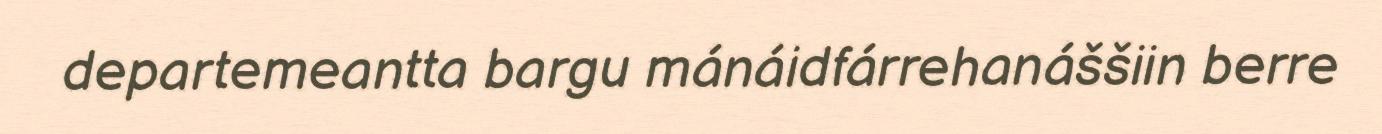
departemeantta bargu mánáidfárrehanáššiin berre